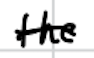
Text: the
Cross-out: single-line
Writing tool: digital_black